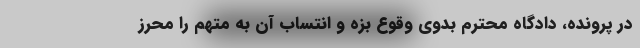
در پرونده، دادگاه محترم بدوی وقوع بزه و انتساب آن به متهم را محرز